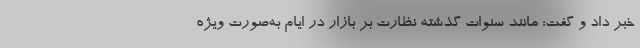
خبر داد و گفت: مانند سنوات گذشته نظارت بر بازار در ایام به‌صورت ویژه